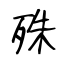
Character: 殊